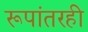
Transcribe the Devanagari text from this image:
रूपांतरही